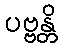
ပဗ္ဗန္တိ